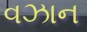
વઝાન